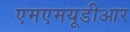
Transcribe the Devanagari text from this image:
एमएमयूडीआर